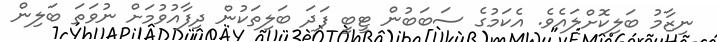
ނިޒާމު ބަލިކޮށްލައެވެ. އެކަމުގެ ސަބަބުން ޓީބީ ފަދަ ބަލިތަކުން ދިފާއުވުމަށް ނުވަތަ ބަލިން